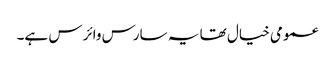
عمومی خیال تھا یہ سارس وائرس ہے۔